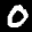
Label: 0